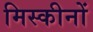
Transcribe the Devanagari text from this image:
मिस्कीनों